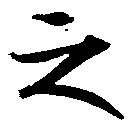
之